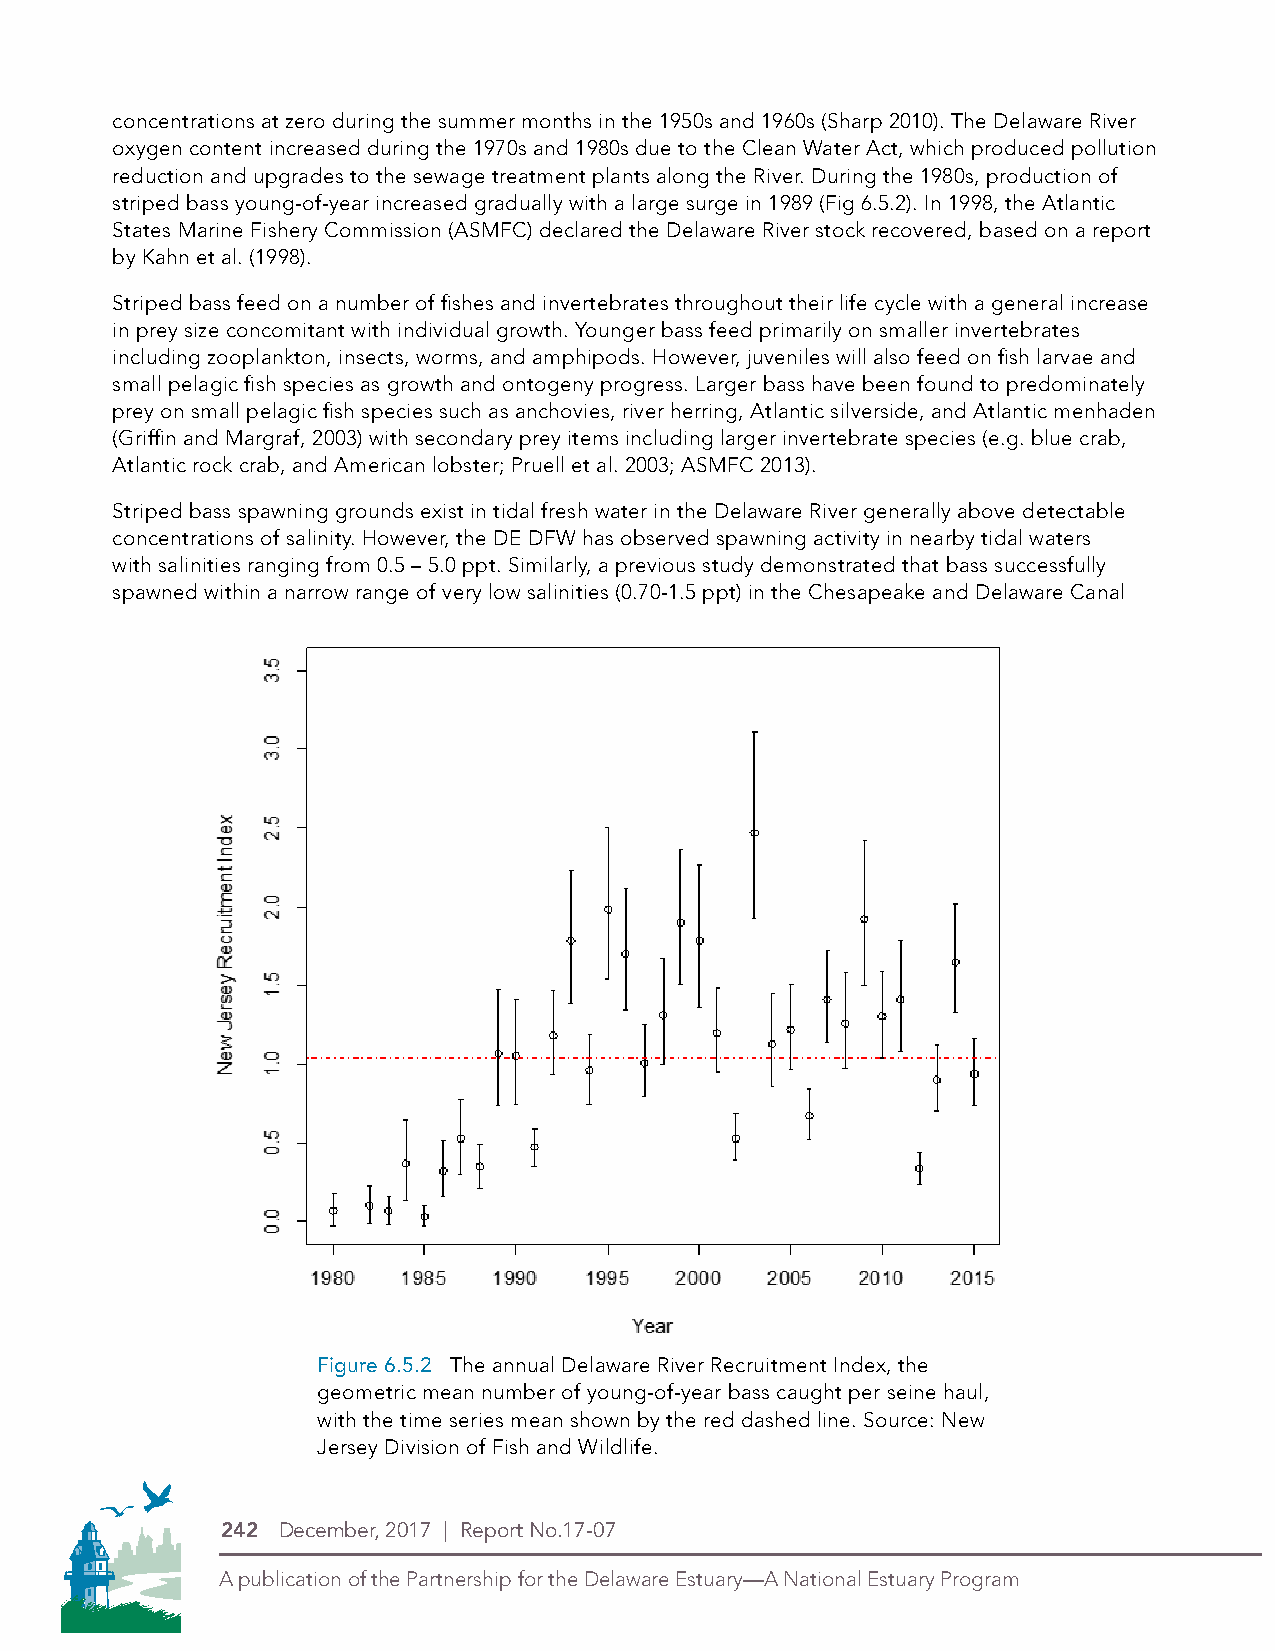
concentrations at zero during the summer months in the 1950s and 1960s (Sharp 2010). The Delaware River
 oxygen content increased during the 1970s and 1980s due to the Clean Water Act, which produced pollution
 reduction and upgrades to the sewage treatment plants along the River. During the 1980s, production of
 striped bass young-of-year increased gradually with a large surge in 1989 (Fig 6.5.2). In 1998, the Atlantic
 States Marine Fishery Commission (ASMFC) declared the Delaware River stock recovered, based on a report
 by Kahn et al. (1998).
 Striped bass feed on a number of fishes and invertebrates throughout their life cycle with a general increase
 in prey size concomitant with individual growth. Younger bass feed primarily on smaller invertebrates
 including zooplankton, insects, worms, and amphipods. However, juveniles will also feed on fish larvae and
 small pelagic fish species as growth and ontogeny progress. Larger bass have been found to predominately
 prey on small pelagic fish species such as anchovies, river herring, Atlantic silverside, and Atlantic menhaden
 (Griffin and Margraf, 2003) with secondary prey items including larger invertebrate species (e.g. blue crab,
 Atlantic rock crab, and American lobster; Pruell et al. 2003; ASMFC 2013).
 Striped bass spawning grounds exist in tidal fresh water in the Delaware River generally above detectable
 concentrations of salinity. However, the DE DFW has observed spawning activity in nearby tidal waters
 with salinities ranging from 0.5 – 5.0 ppt. Similarly, a previous study demonstrated that bass successfully
 spawned within a narrow range of very low salinities (0.70-1.5 ppt) in the Chesapeake and Delaware Canal
 Figure 6.5.2 The annual Delaware River Recruitment Index, the
 geometric mean number of young-of-year bass caught per seine haul,
 PDE Logos in 4-Color Process (CMYK)
 with the time series mean shown by the red dashed line. Source: New
 Jersey Division of Fish and Wildlife.
 THIS IS THE NEW LOGO
 242 December, 2017 | Report No.17-07
 A publication of the Partnership for the Delaware Estuary—A National Estuary Program
 Symbol Alone
 Logo with stacked type
 Type Alone